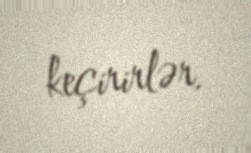
keçirirlər.